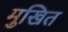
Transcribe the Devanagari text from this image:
मुखित